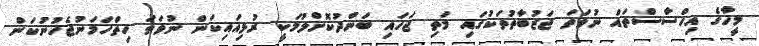
މީހާގެ އިހްސާސްތައް ނުވަތަ ޖަޒުބާތުތަކުގައި މަތި ޖަހައި ބަންދުކޮށްލުމަކީ ރުޅިއައިކަން ނުވަތަ ހިތްހަމަނުޖެހުނުކަން